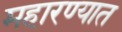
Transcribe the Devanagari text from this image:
महारण्यात